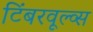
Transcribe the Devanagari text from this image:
टिंबरवूल्व्स